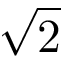
\sqrt { 2 }